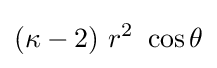
(\kappa -2)~r^{2}~\cos \theta